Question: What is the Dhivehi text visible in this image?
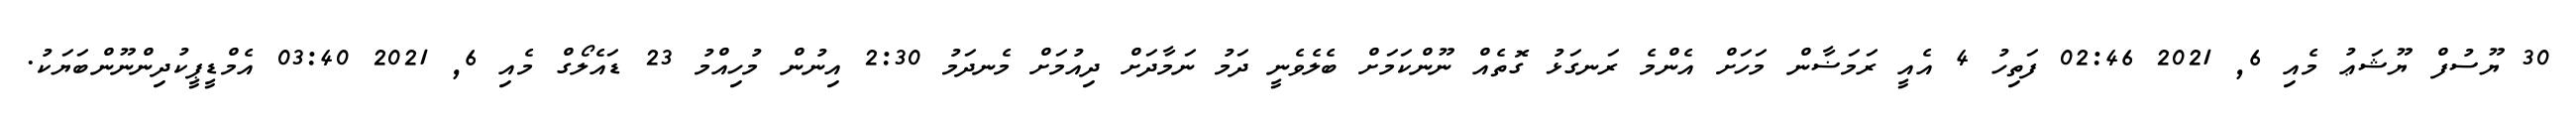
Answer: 30 ޔޫސުފް ޔޫޝަޢު މެއި 6, 2021 02:46 ފަތިހު 4 އެއީ ރަމަޟާން މަހަށް އެންމެ ރަނގަޅު ގޮތެއް ނޫންކަމަށް ބެލެވެނީ ދަމު ނަމާދަށް ދިއުމަށް މެނދަމު 2:30 އިނުން މުހިއްމު 23 ޑައެލޯގް މެއި 6, 2021 03:40 އެމްޑީޕީކުދިންނޫންބަޔަކު.